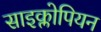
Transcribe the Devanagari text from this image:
साइक्लोपियन